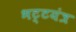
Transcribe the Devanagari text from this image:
भट्टयंत्र